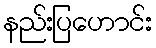
နည်းပြဟောင်း